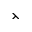
\leftthreetimes